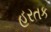
હરતક